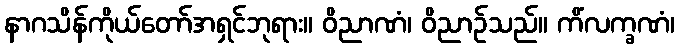
နာဂသိန်ကိုယ်တော်အရှင်ဘုရား။ ဝိညာဏံ၊ ဝိညာဉ်သည်။ ကိံလက္ခဏံ၊